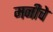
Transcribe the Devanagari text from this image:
मनीचे